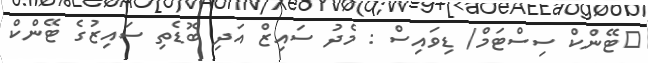
ޓޭންކް ސިސްޓަމް/ ޑިވައިސް : މެދު ސައިޒް އަދި ބޮޑެތި ސައިޒުގެ ޓޭންކް